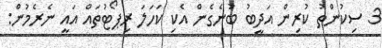
3 ސިކުންތު ކުރިން އަދީބު ބުނެގެން އެކި ކަހަލަ ރިޕޯޓުތައް އައީ ނެރެމުން: